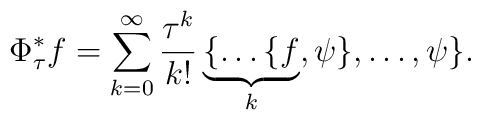
\Phi^*_\tau f = \sum_{k=0}^\infty \frac{\tau^k}{k!}\underbrace{\{\ldots\{f}_k, \psi\},\ldots, \psi\}.